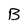
Character: B